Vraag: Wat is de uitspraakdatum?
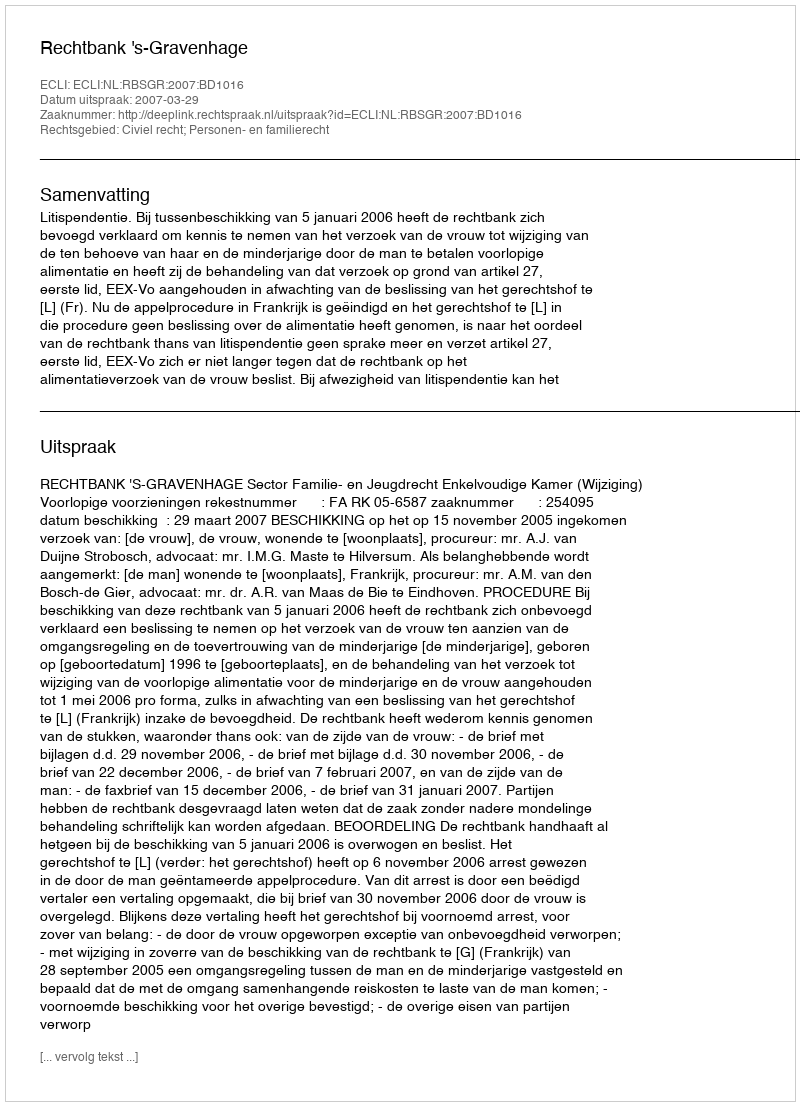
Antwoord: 2007-03-29